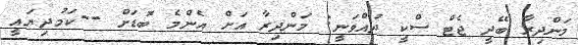
މަންދިރާ ބޭދީ ޖެޓް ސްކީ ދުއްވަނީ: މަންދިރާ އަށް އެންމެ ބޮޑަށް --ކަމުދިޔައީ